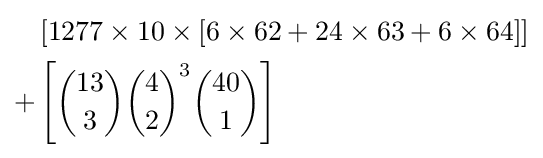
{\begin{aligned}&\left[1277\times 10\times \left[6\times 62+24\times 63+6\times 64\right]\right]\\+&\left[{13 \choose 3}{4 \choose 2}^{3}{40 \choose 1}\right]\end{aligned}}